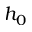
h _ { 0 }